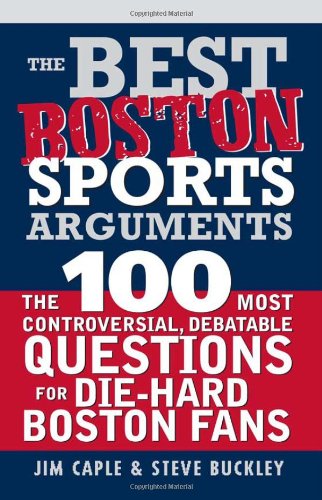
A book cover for The Best Boston Sports Arguments: The 100 Most Controversial, Debatable Questions for Die-Hard Boston Fans (Best Sports Arguments); Steve Buckley; Sports & Outdoors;